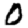
Digit: 0